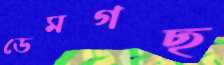
ডেমগছ